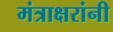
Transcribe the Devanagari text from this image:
मंत्राक्षरांनी